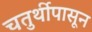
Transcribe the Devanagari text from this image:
चतुर्थीपासून